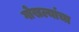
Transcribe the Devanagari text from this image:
गोखल्यांचा